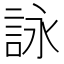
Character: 詠